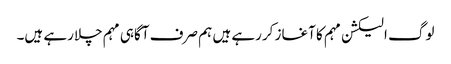
لوگ الیکشن مہم کا آغاز کررہے ہیں ہم صرف آگاہی مہم چلارہے ہیں۔